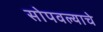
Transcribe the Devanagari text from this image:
सोपवल्याचे